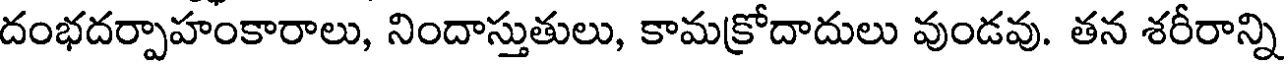
దంభదర్పాహంకారాలు, నిందాస్తుతులు, కామక్రోదాదులు వుండవు. తన శరీరాన్ని